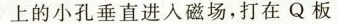
上的小孔垂直进入磁场，打在Q板